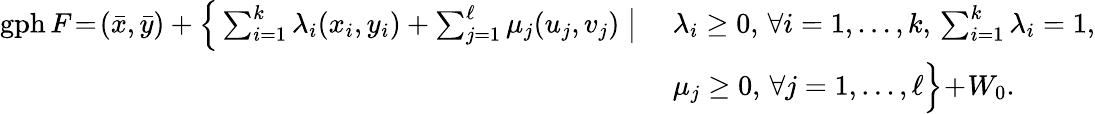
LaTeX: \begin{array}{r}{\begin{array}{ll}{\mathrm{gph}\, F\! =\! (\bar{x},\bar{y})+\Big\{ \sum_{i=1}^{k}\lambda_{i}(x_{i},y_{i})+\sum_{j=1}^{\ell}\mu_{j}(u_{j},v_{j})\; \big|\; }&{\lambda_{i}\geq 0,\, \forall i=1,\ldots,k,\, \sum_{i=1}^{k}\lambda_{i}=1,}\\ &{\mu_{j}\geq 0,\, \forall j=1,\ldots,\ell\Big\} \! +\! W_{0}.}\end{array}}\end{array}